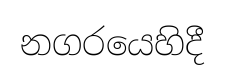
නගරයෙහිදී